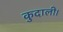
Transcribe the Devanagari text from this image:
कुदाली।